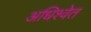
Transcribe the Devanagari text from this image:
अधिश्वेत